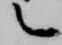
言